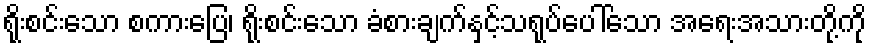
ရိုးစင်းသော စကားပြေ၊ ရိုးစင်းသော ခံစားချက်နှင့်သရုပ်ပေါ်သော အရေးအသားတို့ကို